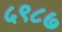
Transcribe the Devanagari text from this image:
५९८७